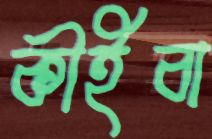
কীইবা